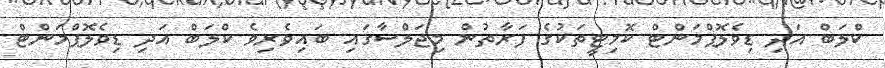
ކްލަބް އަދި ޑިވެލޮޕްމަންޓް ކޮމިޓީތަކުގެ ފަރާތުން މިޖަލްސާގައި ބައިވެރިވެ ކްލަބް އަދި ޑިވެލޮޕްމަންޓް